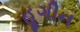
હૂગીન